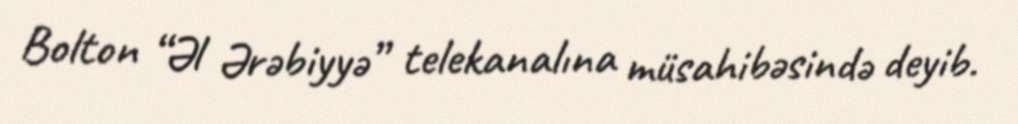
Bolton “Əl Ərəbiyyə” telekanalına müsahibəsində deyib.